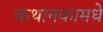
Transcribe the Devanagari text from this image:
कथानकामधे